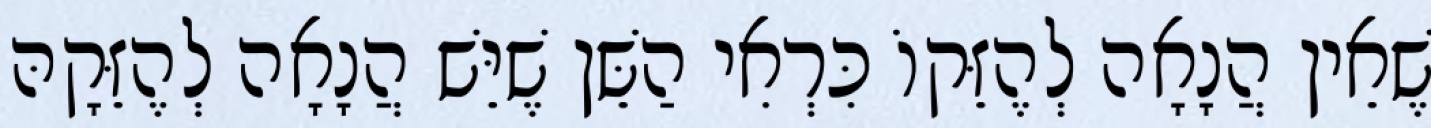
שֶׁאֵין הֲנָאָה לְהֶזֵּקוֹ כִּרְאִי הַשֵּׁן שֶׁיֵּשׁ הֲנָאָה לְהֶזֵּקָהּ